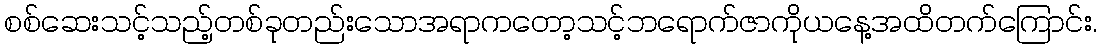
စစ်ဆေးသင့်သည့်တစ်ခုတည်းသောအရာကတော့သင့်ဘရောက်ဇာကိုယနေ့အထိတက်ကြောင်း.